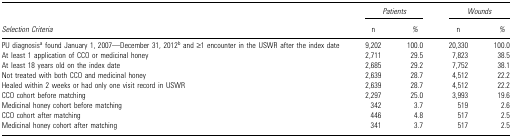
|  | <COLSPAN=2> Patients | <COLSPAN=2> Wounds |
 | Selection Criteria | n | % | n | % |
 | --- | --- | --- | --- | --- |
 | PU diagnosisa found January 1, 2007—December 31, 2012b and ≥1 encounter in the USWR after the index date | 9,202 | 100.0 | 20,330 | 100.0 |
 | At least 1 application of CCO or medicinal honey | 2,711 | 29.5 | 7,823 | 38.5 |
 | At least 18 years old on the index date | 2,685 | 29.2 | 7,752 | 38.1 |
 | Not treated with both CCO and medicinal honey | 2,639 | 28.7 | 4,512 | 22.2 |
 | Healed within 2 weeks or had only one visit record in USWR | 2,639 | 28.7 | 4,512 | 22.2 |
 | CCO cohort before matching | 2,297 | 25.0 | 3,993 | 19.6 |
 | Medicinal honey cohort before matching | 342 | 3.7 | 519 | 2.6 |
 | CCO cohort after matching | 446 | 4.8 | 517 | 2.5 |
 | Medicinal honey cohort after matching | 341 | 3.7 | 517 | 2.5 |